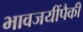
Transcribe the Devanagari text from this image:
भावजयींपैकी